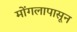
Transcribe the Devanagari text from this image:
मोंगलापासून